Document type: Inventory
Year: 1295
Scribe: Pere Marc
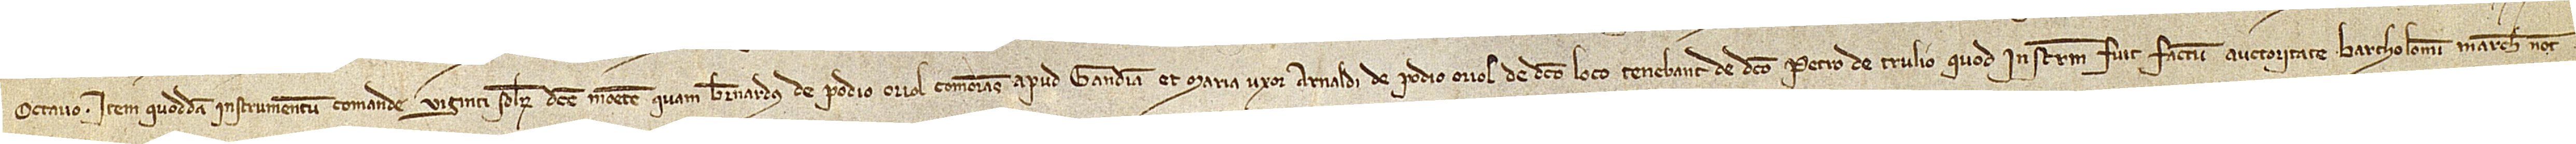
octavo; item, quoddam instrumentum comande viginti solidorum dicte monete quam Bernardus de Podio Oriol, comorans apud Gandiam, et Maria, uxor Arnaldi de Podio Oriol, de dicto loco, tenebant de dicto Petro de Trulio, quod instrumentum fuit factum auctoritate Bartholomei Marche, notarii